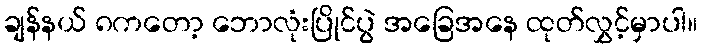
ချန်နယ် ၈ကတော့ ဘောလုံးပြိုင်ပွဲ အခြေအနေ ထုတ်လွှင့်မှာပါ။